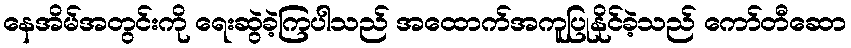
နေအိမ်အတွင်းကို ရေးဆွဲခဲ့ကြပါသည် အထောက်အကူပြုနိုင်ခဲ့သည် ကော်တီဆော